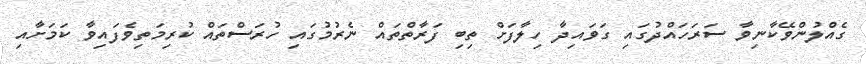
ގެއްލުންވޭކާނިވާ ސަރަހައްދުގައި ގަވައިދާ ހިލާފަށް ތިބި ފަރާތްތައް ނެރުމުގައި ހުރަސްތައް ކުރިމަތިވެފައިވާ ކަމަށާއި